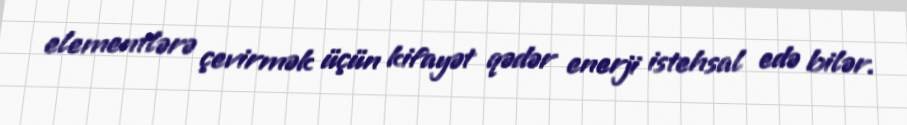
elementlərə çevirmək üçün kifayət qədər enerji istehsal edə bilər.